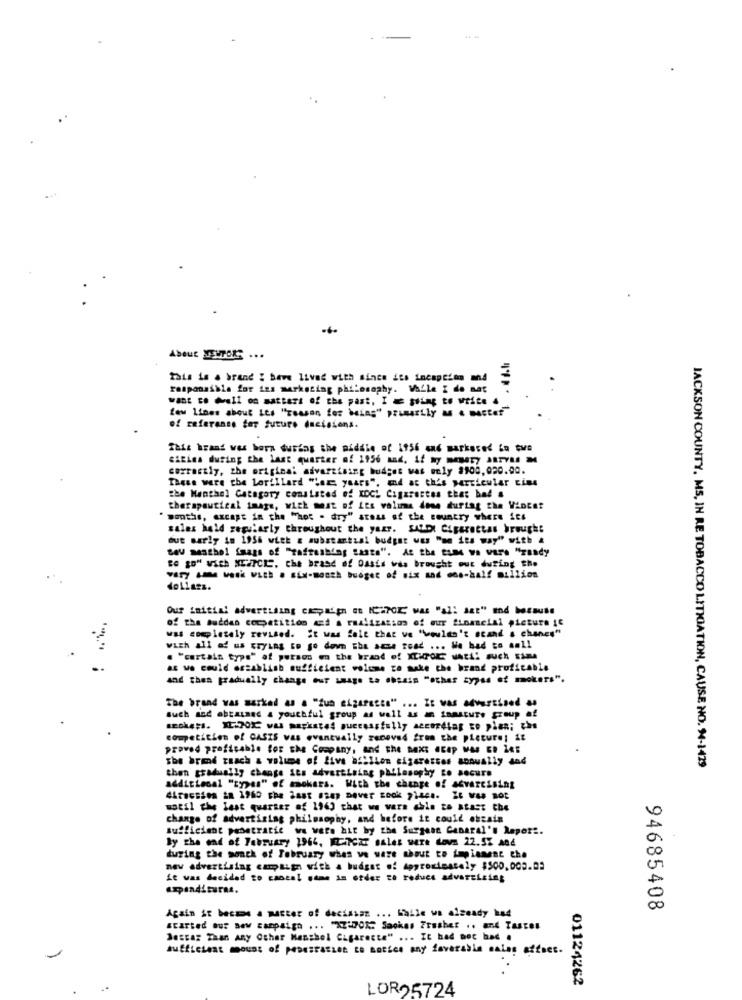
About STOR. ...
This is a brand : bewe lived with since its incaption and
responsible for izs marketing philosophy. While I de mar
want to hell on matters of the past. I = pling to write 4
few Lines about Its "reason for being" primarily M & master
of referanse for future decisions.
This brand was born during the middle of 1956 end markased &a twe
citina during the last quarter of 1956 and, if Ny mery ARTY M
correctly, the original advertising budget was only $100,020.00.
These were the Lorillard "Lex years", and ac this particular cins
the Menthol Category consisted of XDCL Cigarettes that bad &
therapeutical image, with meat of its volis done durtag the Vincat
" months, axcapt in the "hot . dry" atoas of the country where its
sales hald regularly throughout the year. SALDI Cigarettas brought
out marly in 1956 with a substantial budget was "he its way" with &
saw menthol faags of "tafreshing taste". At the tume wa vare "randy
to go" with NEXTCES, the brand of Oasis was brought out during the
vary - work with . six-month budget of six and one-half million
doLiass.
Our initial advertising campaign oo ICH7OK was "all Set" and because
of the Buddas competition and a realization of our financial picture ic
was completely revised. it was falt that ve "wouldn't scand s chanes"
.-..
with all of us trying to go down "ha acze road ... We bad to aall
. "certain type" af person on the brand of XIMPOR MAti! such sim
as we could establish sufficient volume ze make the brand profitable
and then gradually change our usage La .sain "other zypss of mokers".
The brand was marked as a "fun cigaretta" ... It was advertised as
such and obtained a youthful group as well as an inmature group of
competition of CASIS was eventually zeroved from the picture! it
proved profitable for the Company, and the next "cap Was ER Zet
she brad reach a volume of five afillon cigarettes sonually and
then gradually change its advertising philosophy to secure
JACKSON COUNTY, MS, IN RE TOBACCO LITIGATION, CAUSE NO. 4-1429
additional "types" of smokers. With the change of advareising
41racsies in 1960 the last asap Dover zook place. It was not
motil the last quarter of 1943 that we vars able to stast the
change of advertising philosophy, and before it could obtain
sufficient penetratie we were hit by the Surgene Ganaral's Report.
By the end of February 1964, MITCZT sales were dovs 22.5% And
during the monck of February when we were about to implement the
new advertising campaign with a budget of Approximately $500,003.02
it was decided to cancel same as order to reduce advareising
Again it becms a matter of dectasez ... Halle wa alzeady had
94685408
started our new campaign ... 37:70M2 Saokes Fresher .. and Tastes
Jastar Than Any Other Manshol Cigarette" ... It had hoc bad .
sufficient mous of PODESFAELen La notice any faverabin sales affaet.
LORO5724
01124262